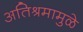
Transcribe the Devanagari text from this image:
अतिश्रमामुळे